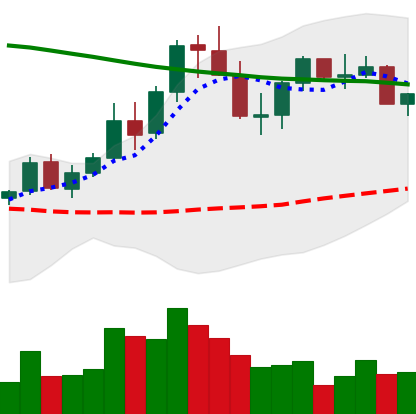
Ticker: XLM-USD
Chart end date: 2021-08-25
Forward return: -8.142%
Label: down_7plus